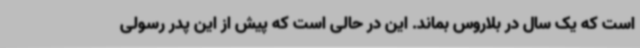
است که یک سال در بلاروس بماند. این در حالی است که پیش از این پدر رسولی